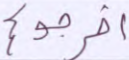
أخرجوكم